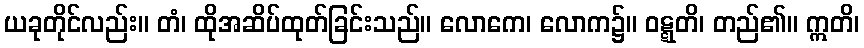
ယခုတိုင်လည်း။ တံ၊ ထိုအဆိပ်ထုတ်ခြင်းသည်။ လောကေ၊ လောက၌။ ဝဋ္ဋတိ၊ တည်၏။ ဣတိ၊